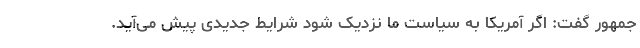
جمهور گفت: اگر آمریکا به سیاست ما نزدیک شود شرایط جدیدی پیش می‌آید.